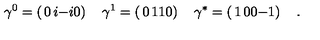
\gamma ^ { 0 } = \left( \begin{matrix} { 0 } & { i } \\ { - i } & { 0 } \\ \end{matrix} \right) \quad \gamma ^ { 1 } = \left( \begin{matrix} { 0 } & { 1 } \\ { 1 } & { 0 } \\ \end{matrix} \right) \quad \gamma ^ { * } = \left( \begin{matrix} { 1 } & { 0 } \\ { 0 } & { - 1 } \\ \end{matrix} \right) \quad .